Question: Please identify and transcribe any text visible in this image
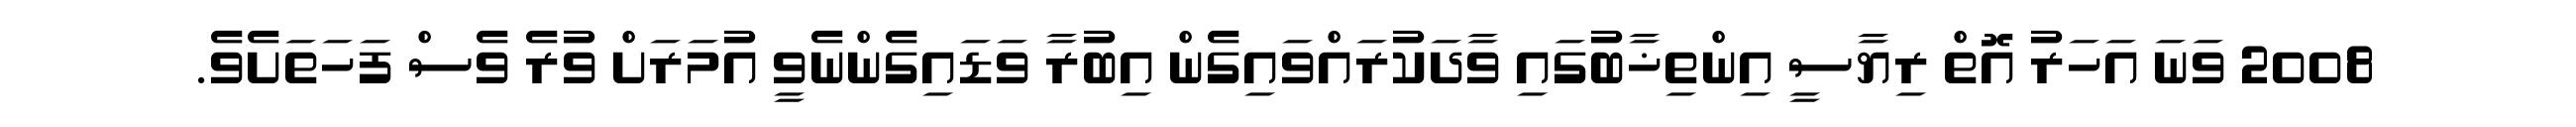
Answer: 2008 ވަނަ އަހަރު އޮތް ރިޔާސީ އިންތިޚާބުގައި ވާދަކުރައްވައިގެން އިބުރާ ވަޑައިގެންނެވީ އުމަރަށް ވުރެ ވެސް ފަހަތަށެވެ.